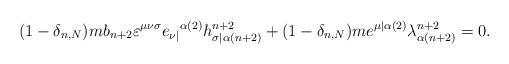
LaTeX: \begin{align*}(1-\delta_{n,N})mb_{n+2}\varepsilon^{\mu\nu\sigma}e_{\nu|}{}^{\alpha(2)}h^{n+2}_{\sigma|\alpha(n+2)}+(1-\delta_{n,N})me^{\mu|\alpha(2)}\lambda^{n+2}_{\alpha(n+2)}=0.\end{align*}